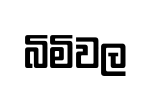
බිමිවල